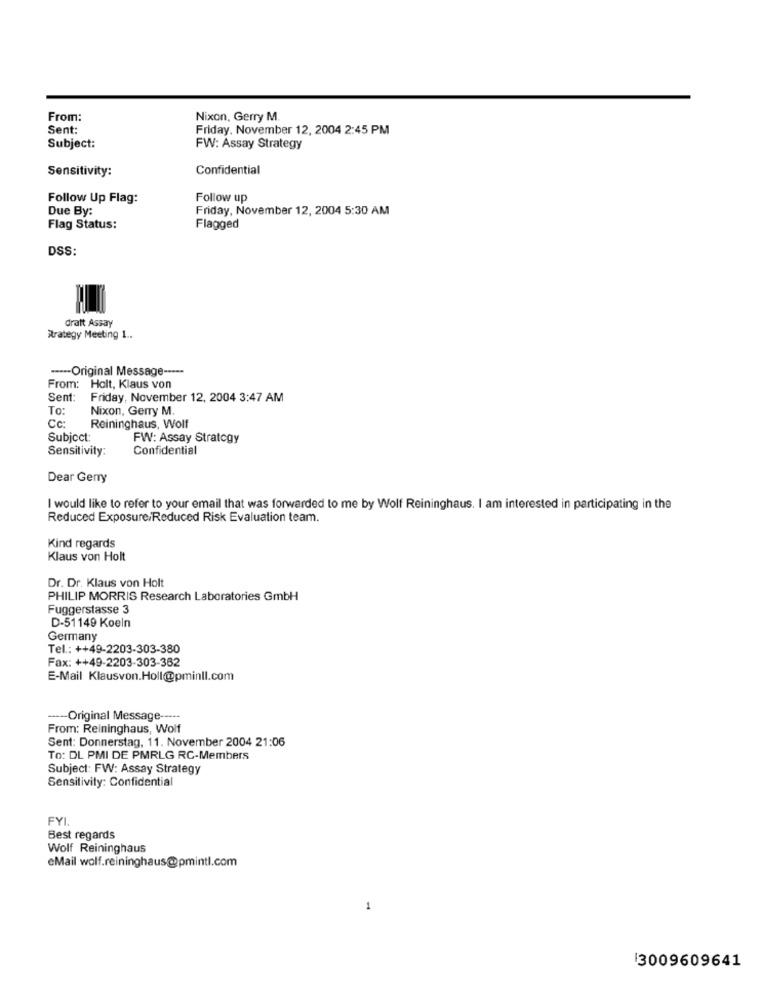
From:
Nixon, Gerry M.
Sent:
Friday, November 12, 2004 2:45 PM
Subject:
FW: Assay Strategy
Sensitivity:
Confidential
Follow Up Flag:
Follow up
Due By:
Friday, November 12, 2004 5:30 AM
Flag Status:
Flagged
DSS:
dratt Assay
Strategy Meeting 1 ..
----- Original Message -----
From: Holt, Klaus von
Sent:
Friday, November 12, 2004 3:47 AM
To:
Nixon, Gerry M.
Cc:
Reininghaus, Wolf
Subject:
FW: Assay Strategy
Sensitivity:
Confidential
Dear Gerry
I would like to refer to your email that was forwarded to me by Wolf Reininghaus. I am interested in participating in the
Reduced Exposure/Reduced Risk Evaluation team.
Kind regards
Klaus von Holt
Dr. Dr. Klaus von Holt
PHILIP MORRIS Research Laboratories GmbH
Fuggerstasse 3
D-51149 Koeln
Germany
Tel .: ++49-2203-303-380
Fax: ++49-2203-303-362
E-Mail Klausvon.Holl@pminll.com
-- Original Message -----
From: Reininghaus, Wolf
Sent: Donnerstag, 11. November 2004 21:06
To: DL PMI DE PMRLG RC-Members
Subject: FW: Assay Strategy
Sensitivity: Confidential
FYI.
Best regards
Wolf Reininghaus
eMail wolf.reininghaus@pmintl.com
1
3009609641